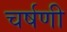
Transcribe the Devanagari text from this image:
चर्षणी